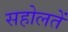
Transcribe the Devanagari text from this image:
सहोलतें